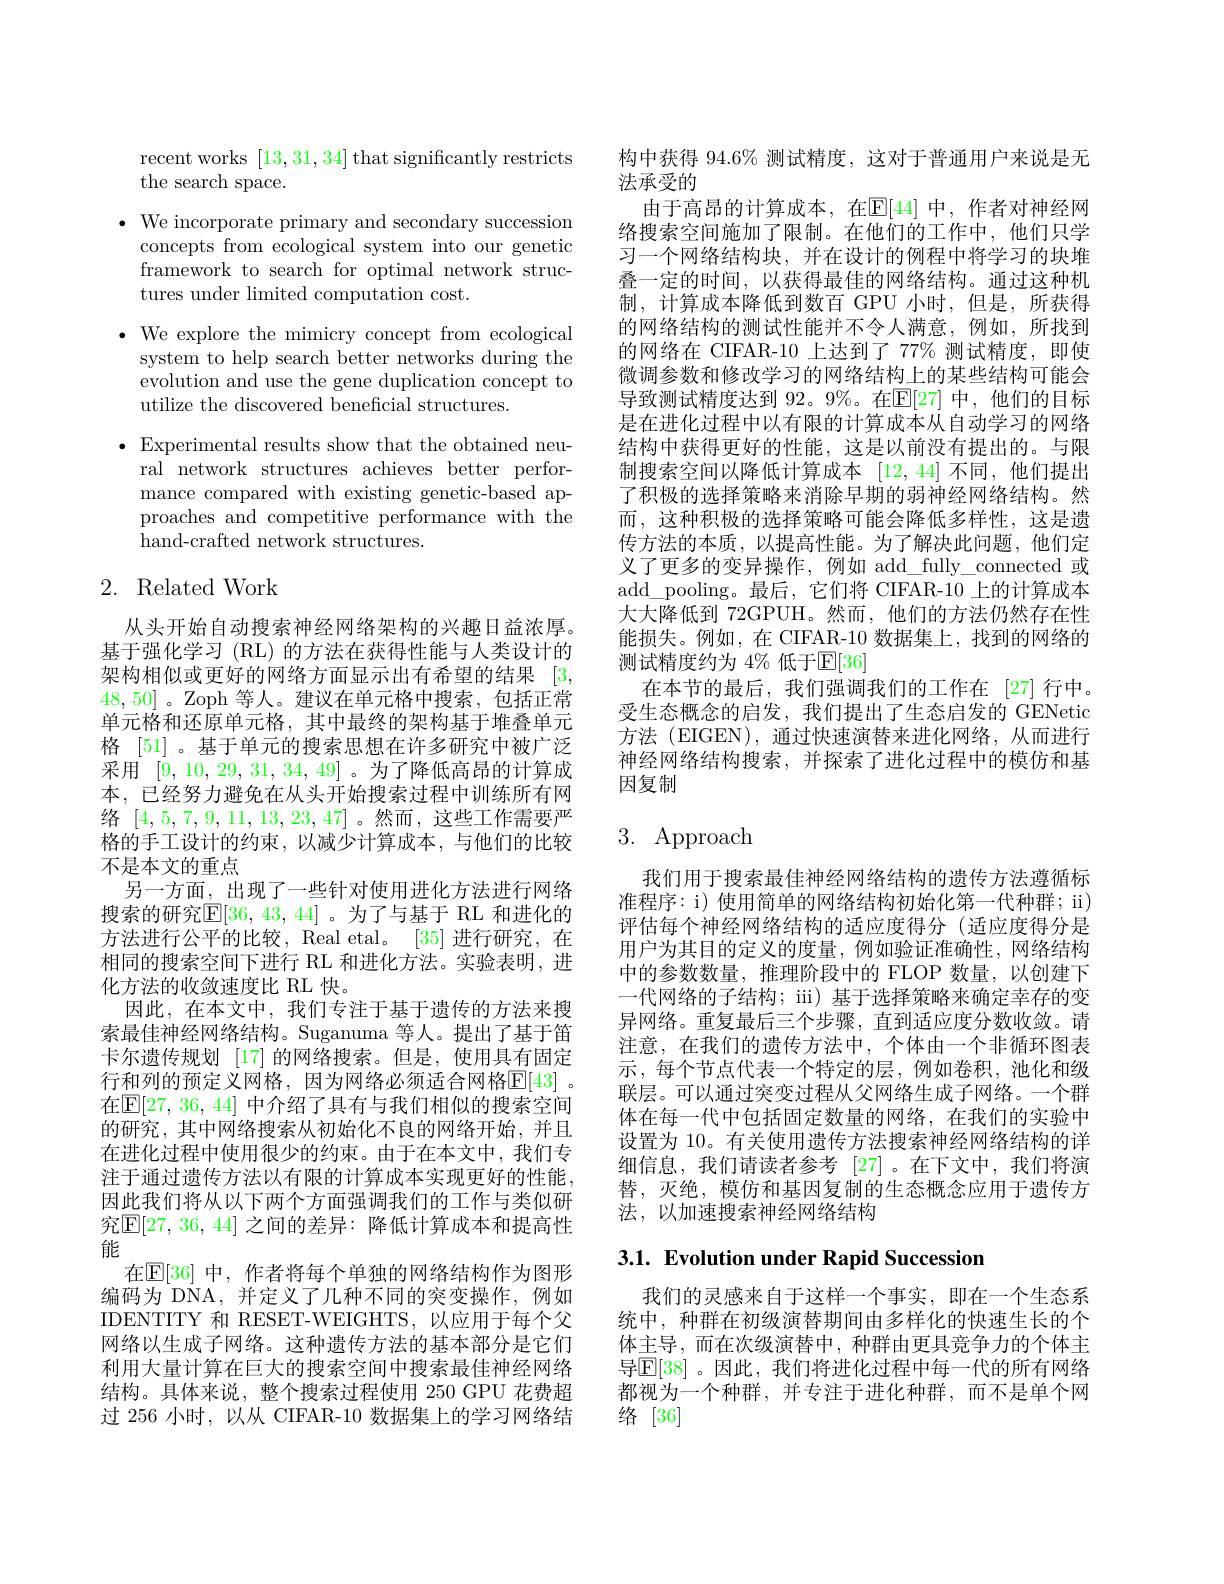
recent works [13,31,34] that significantly restricts
the search space.
$\bullet$ We incorporate primary and secondary succession
concepts from ecological system into our genetic framework to search for optimal network structures under limited computation cost.
$\bullet$ We explore the mimicry concept from ecological system to help search better networks during the evolution and use the gene duplication concept to utilize the discovered beneficial structures.
$\bullet$ Experimental results show that the obtained neu-
ral network structures achieves better performance compared with existing genetic-based approaches and competitive performance with the hand-crafted network structures.

# 2. Related Work

从头开始自动搜索神经网络架构的兴趣日益浓厚。基于强化学习 (RL) 的方法在获得性能与人类设计的架构相似或更好的网络方面显示出有希望的结果[3, 48,50]。Zoph 等人。建议在单元格中搜索，包括正常单元格和还原单元格，其中最终的架构基于堆叠单元格 [51] 。基于单元的搜索思想在许多研究中被广泛采用[9,10,29,31,34,49] 。为了降低高昂的计算成本，已经努力避免在从头开始搜索过程中训练所有网络[4,5,7,9,11,13,23,47]。然而，这些工作需要严格的手工设计的约束，以减少计算成本，与他们的比较不是本文的重点
另一方面，出现了一些针对使用进化方法进行网络搜索的研究$\overline{\mathbb{E}}[36,43,44]$。为了与基于 RL 和进化的方法进行公平的比较，Real etal。[35] 进行研究，在相同的搜索空间下进行 RL 和进化方法。实验表明，进化方法的收敛速度比 RL 快。
因此，在本文中，我们专注于基于遗传的方法来搜索最佳神经网络结构。Suganuma 等人。提出了基于笛卡尔遗传规划 [17] 的网络搜索。但是，使用具有固定行和列的预定义网格，因为网络必须适合网格$\overline{\mathbb{E}}[43]$ 。在$\mathsf{E}[27,36,44]$ 中介绍了具有与我们相似的搜索空间的研究，其中网络搜索从初始化不良的网络开始，并且在进化过程中使用很少的约束。由于在本文中，我们专注于通过遗传方法以有限的计算成本实现更好的性能， 因此我们将从以下两个方面强调我们的工作与类似研究$\mathbb{E}[27,36,44]$ 之间的差异：降低计算成本和提高性能
在$\mathbb{E}[36]$ 中，作者将每个单独的网络结构作为图形编码为 DNA,并定义了几种不同的突变操作，例如IDENTITY 和 RESET-WEIGHTS, 以应用于每个父网络以生成子网络。这种遗传方法的基本部分是它们利用大量计算在巨大的搜索空间中搜索最佳神经网络结构。具体来说，整个搜索过程使用 250 GPU 花费超过 256 小时，以从 CIFAR-10 数据集上的学习网络结

构中获得 94.6% 测试精度，这对于普通用户来说是无
法承受的
由于高昂的计算成本，在$\mathbb{E}[44]$ 中，作者对神经网络搜索空间施加了限制。在他们的工作中，他们只学习一个网络结构块，并在设计的例程中将学习的块堆叠一定的时间，以获得最佳的网络结构。通过这种机制，计算成本降低到数百 GPU 小时，但是，所获得的网络结构的测试性能并不令人满意，例如，所找到的网络在 CIFAR-10 上达到了 77% 测试精度，即使微调参数和修改学习的网络结构上的某些结构可能会导致测试精度达到 92。9%。在$\mathbb{E}[27]$ 中，他们的目标是在进化过程中以有限的计算成本从自动学习的网络结构中获得更好的性能，这是以前没有提出的。与限制搜索空间以降低计算成本[12,44]不同，他们提出了积极的选择策略来消除早期的弱神经网络结构。然而，这种积极的选择策略可能会降低多样性，这是遗传方法的本质，以提高性能。为了解决此问题，他们定义了更多的变异操作，例如 add\_fully\_connected 或add\_pooling。最后，它们将 CIFAR-10 上的计算成本大大降低到 72GPUH。然而，他们的方法仍然存在性能损失。例如，在 CIFAR-10 数据集上，找到的网络的测试精度约为 $4\%$ 低于$\mathbb{E}[36]$
在本节的最后，我们强调我们的工作在[27]行中。受生态概念的启发，我们提出了生态启发的 GENetic 方法 (EIGEN), 通过快速演替来进化网络，从而进行神经网络结构搜索，并探索了进化过程中的模仿和基因复制

# 3. Approach

我们用于搜索最佳神经网络结构的遗传方法遵循标准程序：i) 使用简单的网络结构初始化第一代种群；ii) 评估每个神经网络结构的适应度得分(适应度得分是用户为其目的定义的度量，例如验证准确性，网络结构中的参数数量，推理阶段中的 FLOP 数量，以创建下一代网络的子结构；iii) 基于选择策略来确定幸存的变异网络。重复最后三个步骤，直到适应度分数收敛。请注意，在我们的遗传方法中，个体由一个非循环图表示，每个节点代表一个特定的层，例如卷积，池化和级联层。可以通过突变过程从父网络生成子网络。一个群体在每一代中包括固定数量的网络，在我们的实验中设置为 10。有关使用遗传方法搜索神经网络结构的详细信息，我们请读者参考[27]。在下文中，我们将演替，灭绝，模仿和基因复制的生态概念应用于遗传方法，以加速搜索神经网络结构

## 3.1. Evolution under Rapid Succession

我们的灵感来自于这样一个事实，即在一个生态系统中，种群在初级演替期间由多样化的快速生长的个体主导，而在次级演替中，种群由更具竞争力的个体主导$\mathbb{E}[38]$。因此，我们将进化过程中每一代的所有网络都视为一个种群，并专注于进化种群，而不是单个网络[36]